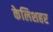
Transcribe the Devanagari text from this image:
केलिशहर